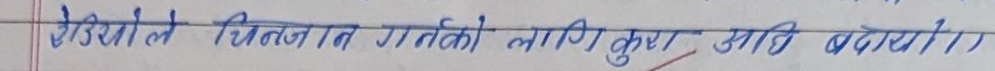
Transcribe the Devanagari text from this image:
रेडियोले धिनतात गर्तको लागि कुरा जाति बनायो।